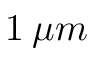
1 \: \mu m